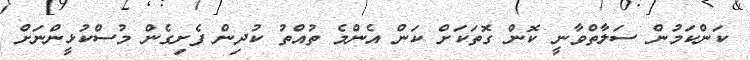
ކަންކަމުން ސަލާތްވާނީ ކޮން ގޮތަކަށް ކަން އެންމެ ތުއްތު ކުދިން ފެށިގެން މުސްކުޅީންނަށް